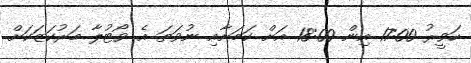
ހަވީރު 17:00 އިން 18:00 އަށް ކަމަށާއި ނުވަތަ އެ ވޯޓުލާ މަރުކަޒަކަށް